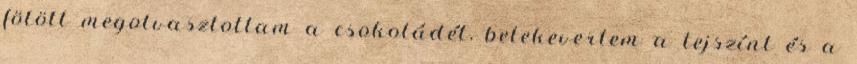
fölött megolvasztottam a csokoládét, belekevertem a tejszínt és a